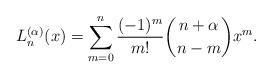
LaTeX: \begin{align*}L_n^{(\alpha)}(x)=\sum_{m=0}^n\frac{(-1)^m}{m!}\binom{n+\alpha}{n-m}x^m.\end{align*}